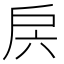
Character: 𭠁